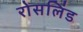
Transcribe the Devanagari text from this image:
रोसलिंड